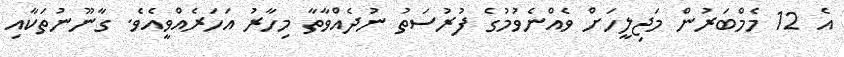
އެ 12 މެމްބަރުން މަޖިލީހަށް ވެއްނެވުމުގެ ފުރުސަތު ނުދެއްވާތާ މިހާރު އަހަރެއްވީއެވެ. ގާނޫނުތަކާއި